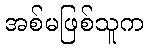
အစ်မဖြစ်သူက